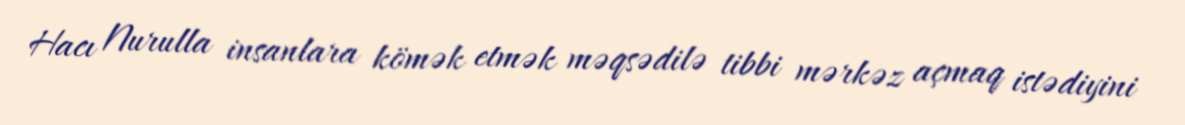
Hacı Nurulla insanlara kömək etmək məqsədilə tibbi mərkəz açmaq istədiyini